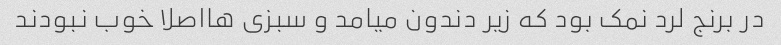
در برنج لرد نمک بود که زیر دندون میامد و سبزی هااصلا خوب نبودند